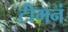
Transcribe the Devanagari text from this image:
टीमनं